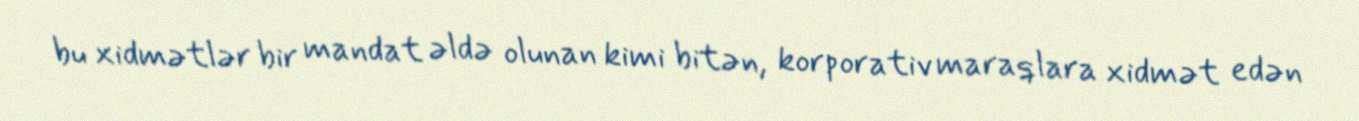
bu xidmətlər bir mandat əldə olunan kimi bitən, korporativ maraqlara xidmət edən